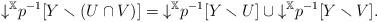
LaTeX: \begin{align*}{\downarrow}^{\mathbb{X}} p^{-1}[Y \smallsetminus (U \cap V)] = {\downarrow}^{\mathbb{X}} p^{-1}[Y \smallsetminus U] \cup {\downarrow}^{\mathbb{X}} p^{-1}[Y \smallsetminus V].\end{align*}